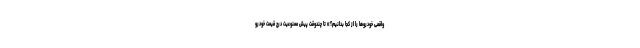
واقعی خودروها را از کجا بدانیم؟» تا چندوقت پیش ممنوعیت درج قیمت خودرو